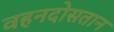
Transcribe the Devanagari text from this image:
वहनदोसतान